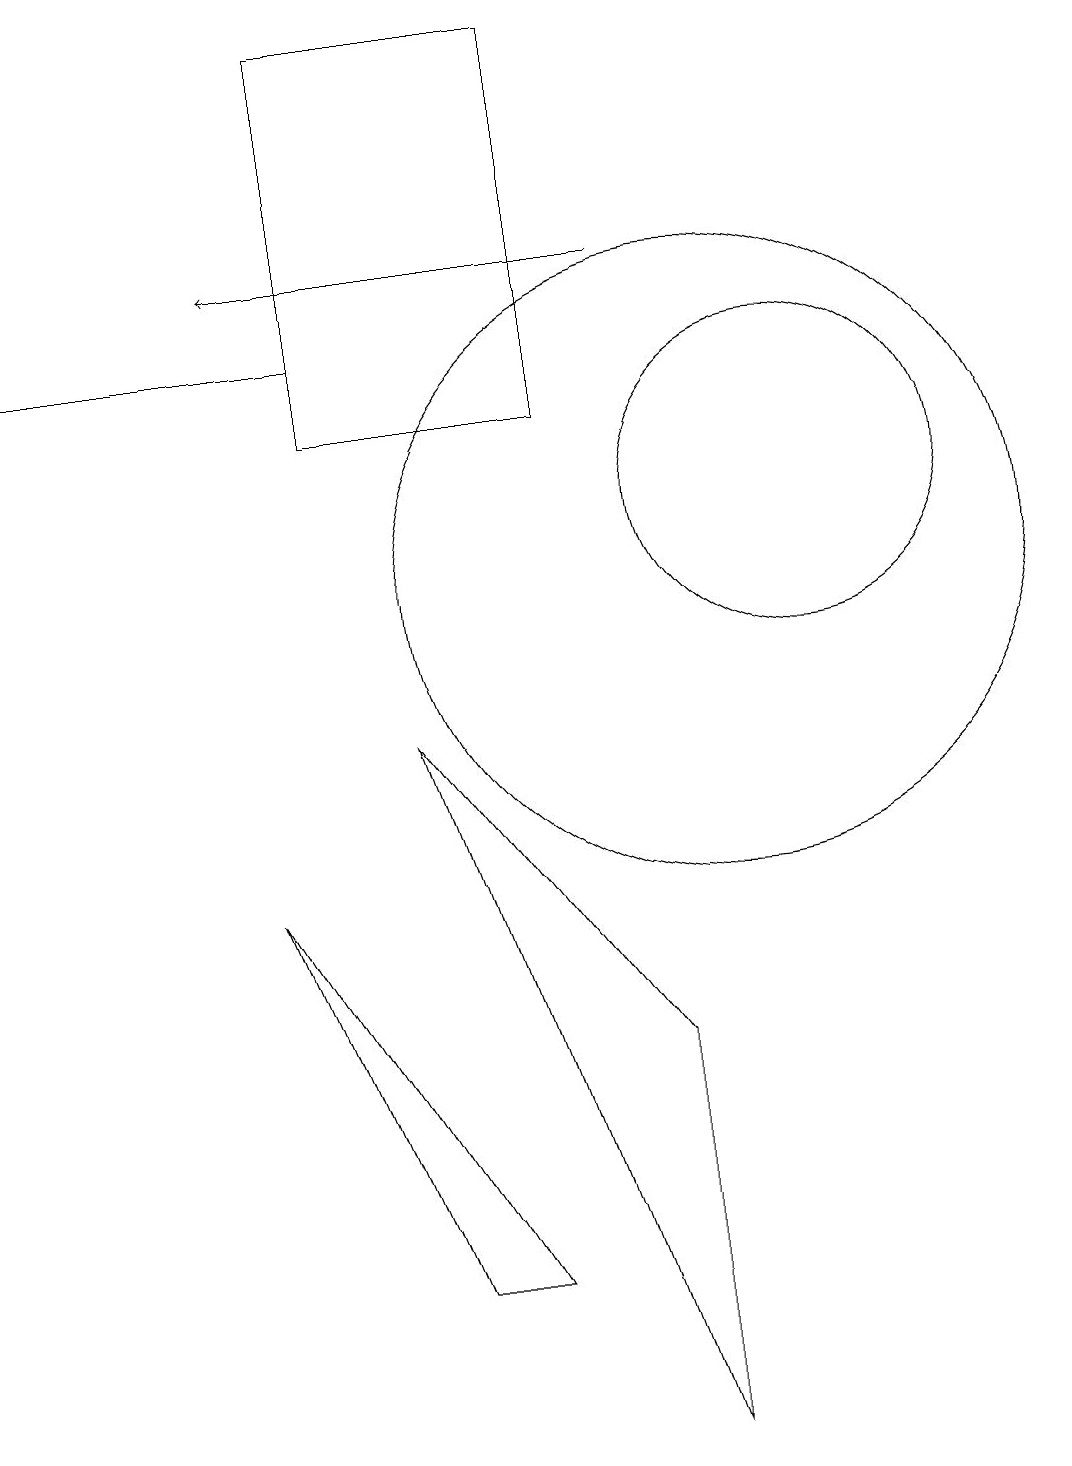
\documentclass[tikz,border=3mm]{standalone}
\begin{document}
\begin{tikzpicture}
\draw (11,12) circle (2);
\draw (9,0) -- (9,5) -- (6,9) -- cycle;
\draw (5,14) rectangle (1,14);
\draw[->] (9,15) -- (4,15);
\draw (10,11) circle (4);
\draw (5,18) rectangle (8,13);
\draw (4,7) -- (6,2) -- (7,2) -- cycle;
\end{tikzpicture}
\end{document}